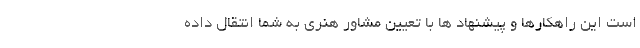
است این راهکارها و پیشنهاد ها با تعیین مشاور هنری به شما انتقال داده